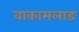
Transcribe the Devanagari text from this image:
वाकामलाङ